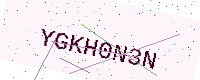
Text: YGKH0N3N